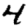
Digit: 4